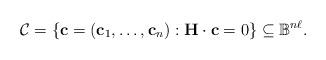
LaTeX: \begin{align*}\mathcal{C} = \{\mathbf{c} = (\mathbf{c}_{1}, \dots, \mathbf{c}_{n}) : \mathbf{H} \cdot \mathbf{c} = 0\} \subseteq \mathbb{B}^{n \ell}.\end{align*}